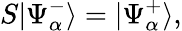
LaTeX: S|\Psi_{\alpha}^{-}\rangle=|\Psi_{\alpha}^{+}\rangle,